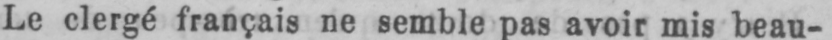
Le clergé français ne semble pas avoir mis beau-